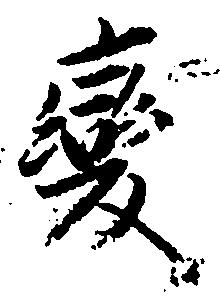
変